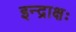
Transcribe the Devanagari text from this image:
इन्द्राक्षः